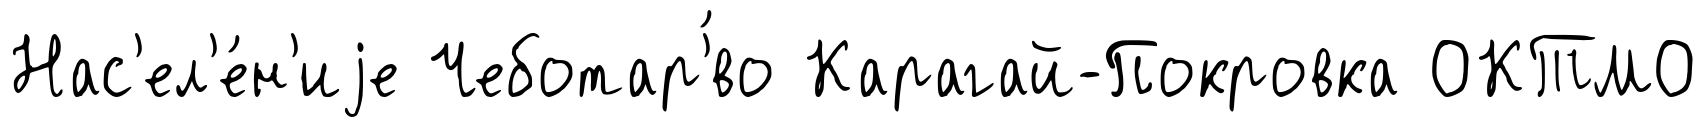
Нас'ел'е́н'иjе Чеботар'́во Карагай-Покровка ОКТМО